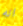
انه